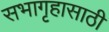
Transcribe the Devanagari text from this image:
सभागृहासाठी